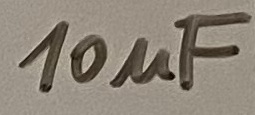
Text: 10µF